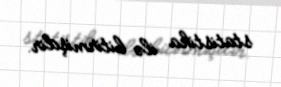
statistika ilə bitirmişdir.